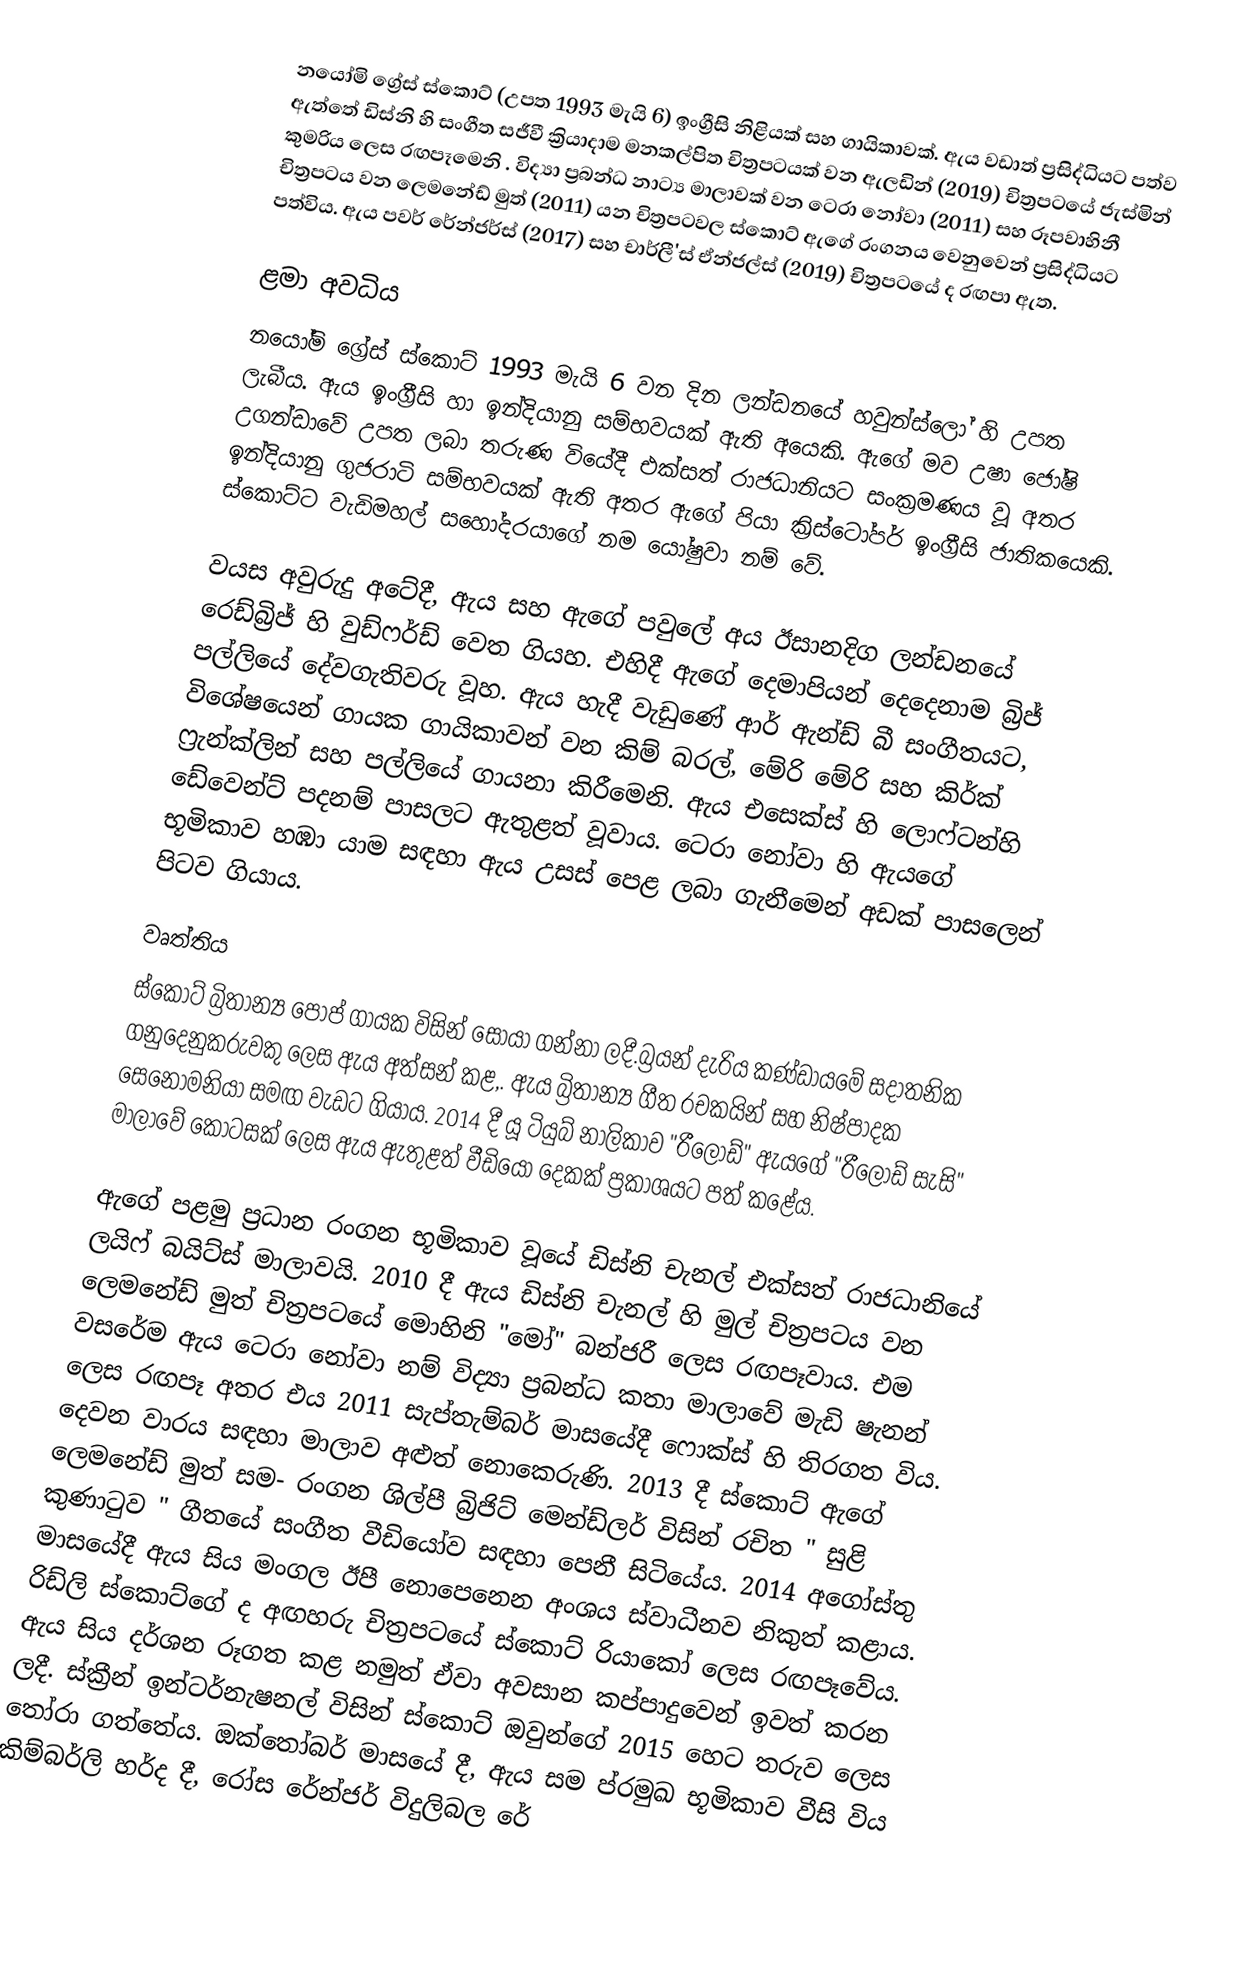
නයෝමි ග්‍රේස් ස්කොට් (උපත 1993 මැයි 6) ඉංග්‍රීසි  නිළියක් සහ ගායිකාවක්. ඇය වඩාත් ප්‍රසිද්ධියට පත්ව ඇත්තේ ඩිස්නි හි සංගීත සජීවී ක්‍රියාදාම මනකල්පිත චිත්‍රපටයක් වන ඇලඩින් (2019) චිත්‍රපටයේ ජැස්මින් කුමරිය ලෙස රඟපෑමෙනි . විද්‍යා ප්‍රබන්ධ නාට්‍ය මාලාවක් වන ටෙරා නෝවා (2011) සහ රූපවාහිනී චිත්‍රපටය වන ලෙමනේඩ් මුත් (2011) යන චිත්‍රපටවල ස්කොට් ඇගේ රංගනය වෙනුවෙන් ප්‍රසිද්ධියට පත්විය. ඇය පවර් රේන්ජර්ස් (2017) සහ  චාර්ලී'ස් ඒන්ජල්ස් (2019) චිත්‍රපටයේ ද රඟපා ඇත.

ළමා අවධිය
නයෝමි ග්‍රේස් ස්කොට් 1993 මැයි 6 වන දින ලන්ඩනයේ හවුන්ස්ලෝ හි උපත ලැබීය.  ඇය ඉංග්‍රීසි හා ඉන්දියානු සම්භවයක් ඇති අයෙකි.  ඇගේ මව උෂා ජෝෂි උගන්ඩාවේ උපත ලබා තරුණ වියේදී එක්සත් රාජධානියට සංක්‍රමණය වූ අතර ඉන්දියානු ගුජරාටි සම්භවයක් ඇති අතර ඇගේ පියා ක්‍රිස්ටෝපර් ඉංග්‍රීසි ජාතිකයෙකි.  ස්කොට්ට වැඩිමහල් සහෝදරයාගේ නම යෝෂුවා නම් වේ.

වයස අවුරුදු අටේදී, ඇය සහ ඇගේ පවුලේ අය ඊසානදිග ලන්ඩනයේ රෙඩ්බ්‍රිජ් හි වුඩ්ෆර්ඩ් වෙත ගියහ.  එහිදී ඇගේ දෙමාපියන් දෙදෙනාම බ්‍රිජ් පල්ලියේ දේවගැතිවරු වූහ.  ඇය හැදී වැඩුණේ  ආර් ඇන්ඩ් බී සංගීතයට, විශේෂයෙන් ගායක ගායිකාවන් වන කිම් බරල්, මේරි මේරි සහ කිර්ක් ෆ්‍රැන්ක්ලින් සහ පල්ලියේ ගායනා කිරීමෙනි.  ඇය එසෙක්ස් හි ලොෆ්ටන්හි ඩේවෙන්ට් පදනම් පාසලට ඇතුළත් වූවාය.  ටෙරා නෝවා හි ඇයගේ භූමිකාව හඹා යාම සඳහා ඇය උසස් පෙළ ලබා ගැනීමෙන් අඩක් පාසලෙන් පිටව ගියාය.

වෘත්තිය
ස්කොට් බ්‍රිතාන්‍ය පොප් ගායක විසින් සොයා ගන්නා ලදී.බ්‍රයන් දැරිය කණ්ඩායමේ සදාතනික ගනුදෙනුකරුවකු ලෙස ඇය අත්සන් කළ,.  ඇය බ්‍රිතාන්‍ය ගීත රචකයින් සහ නිෂ්පාදක සෙනෝමනියා සමඟ වැඩට ගියාය.  2014 දී යූ ටියුබ් නාලිකාව "රීලෝඩ්" ඇයගේ "රීලෝඩ් සැසි" මාලාවේ කොටසක් ලෙස ඇය ඇතුළත් වීඩියෝ දෙකක් ප්‍රකාශයට පත් කළේය.

ඇගේ පළමු ප්‍රධාන රංගන භූමිකාව වූයේ ඩිස්නි චැනල් එක්සත් රාජධානියේ ලයිෆ් බයිට්ස් මාලාවයි. 2010 දී ඇය ඩිස්නි චැනල් හි මුල් චිත්‍රපටය වන ලෙමනේඩ් මුත් චිත්‍රපටයේ මොහිනි "මෝ" බන්ජරී ලෙස රඟපෑවාය.  එම වසරේම ඇය ටෙරා නෝවා නම් විද්‍යා ප්‍රබන්ධ කතා මාලාවේ මැඩි ෂැනන් ලෙස රඟපෑ අතර එය 2011 සැප්තැම්බර් මාසයේදී ෆොක්ස් හි තිරගත විය.  දෙවන වාරය සඳහා මාලාව අළුත් නොකෙරුණි.  2013 දී ස්කොට් ඇගේ ලෙමනේඩ් මුත් සම- රංගන ශිල්පී බ්‍රිජිට් මෙන්ඩ්ලර් විසින් රචිත " සුළි කුණාටුව " ගීතයේ සංගීත වීඩියෝව සඳහා පෙනී සිටියේය. 2014 අගෝස්තු මාසයේදී ඇය සිය මංගල ඊපී නොපෙනෙන අංශය ස්වාධීනව නිකුත් කළාය.  රිඩ්ලි ස්කොට්ගේ ද අඟහරු  චිත්‍රපටයේ ස්කොට් රියාකෝ ලෙස රඟපෑවේය. ඇය සිය දර්ශන රූගත කළ නමුත් ඒවා අවසාන කප්පාදුවෙන් ඉවත් කරන ලදී.  ස්ක්‍රීන් ඉන්ටර්නැෂනල් විසින් ස්කොට් ඔවුන්ගේ 2015 හෙට තරුව ලෙස තෝරා ගත්තේය.  ඔක්තෝබර් මාසයේ දී, ඇය සම ප්රමුඛ භූමිකාව වීසි විය කිම්බර්ලි හර්ද දී, රෝස රේන්ජර් විදුලිබල රේ